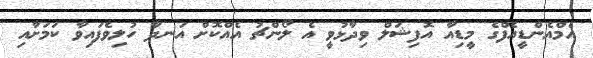
އެމްއެންޑީއެފްގެ މީޑިއާ އޮފިޝަލް ވިދާޅުވީ އެ ލޯންޗު އެއްކޮށް އަނދާ ހުލިވެފައިވާ ކަމަށާއި